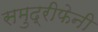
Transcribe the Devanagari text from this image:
समुद्रीफेनी